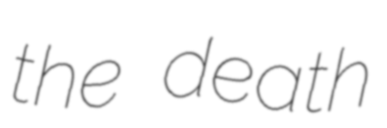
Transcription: the death